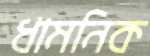
ধামনিক